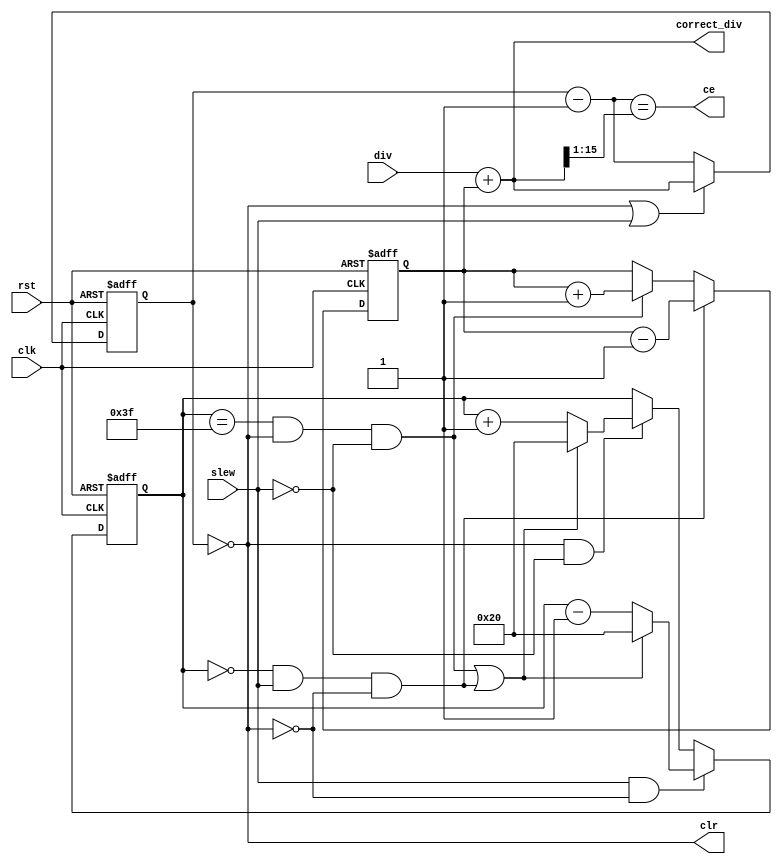
module dpll
#(
    parameter           USE_FILTER          = 1,
    parameter           FILTER_LENGHT       = 6,
    parameter           ACCUMULATOR_WIDTH   = 16,
    parameter           COUNTER_WIDTH       = 16
)
(
    input                                   rst,
    input                                   clk,
    input                                   slew,
    input   [COUNTER_WIDTH - 1 : 0]         div,
    output                                  ce,
    output                                  clr,
    output  [COUNTER_WIDTH - 1 : 0]         correct_div
);

    reg     [FILTER_LENGHT - 1 : 0]         filter_cnt;
    wire    [FILTER_LENGHT - 1 : 0]         new_filter_cnt;    
    reg     [ACCUMULATOR_WIDTH - 1 : 0]     acc;
    reg     [COUNTER_WIDTH - 1 : 0]         div_cnt;
    wire    [COUNTER_WIDTH - 1 : 0]         sub_div_cnt;

    wire    [FILTER_LENGHT - 1 : 0]         next_filter_cnt_up;
    wire    [FILTER_LENGHT - 1 : 0]         next_filter_cnt_down;
    wire                                    clear_filter;
    wire                                    up_correct;
    wire                                    down_correct;

    generate
    if (USE_FILTER == 1) begin
    
        // Filter
        assign next_filter_cnt_up   = clear_filter ? {1'b1, {FILTER_LENGHT - 1{1'b0}}} : filter_cnt + { {FILTER_LENGHT - 1{1'b0}}, {1'b1} };
        assign next_filter_cnt_down = clear_filter ? {1'b1, {FILTER_LENGHT - 1{1'b0}}} : filter_cnt - { {FILTER_LENGHT - 1{1'b0}}, {1'b1} };

        assign clear_filter = up_correct | down_correct;
        assign up_correct   = (filter_cnt == {FILTER_LENGHT{1'b1}}) & clr  & ~slew;
        assign down_correct = (filter_cnt == {FILTER_LENGHT{1'b0}}) & slew & ~clr;
    
        always @(posedge clk or posedge rst)
            if(rst) 
                filter_cnt <= {1'b1, {FILTER_LENGHT - 1{1'b0}}};
            else if (slew & ~clr)  
                filter_cnt <= next_filter_cnt_down;
            else if (clr  & ~slew) 
                filter_cnt <= next_filter_cnt_up;
        
    end else begin
    
        // Without filter
        assign up_correct   = clr  & ~slew;
        assign down_correct = slew & ~clr;
        
    end
    endgenerate
    
    // Correction
    always @(posedge clk or posedge rst)
        if(rst) 
            acc <= {ACCUMULATOR_WIDTH{1'b0}};
        else if (down_correct)
            acc <= acc - {{ACCUMULATOR_WIDTH - 1{1'b0}}, {1'b1}};
        else if (up_correct)    
            acc <= acc + {{ACCUMULATOR_WIDTH - 1{1'b0}}, {1'b1}};


    assign correct_div = div     + acc[ACCUMULATOR_WIDTH - 1 : ACCUMULATOR_WIDTH - COUNTER_WIDTH];
    assign sub_div_cnt = div_cnt - {{COUNTER_WIDTH - 1{1'b0}}, {1'b1}};


    // Main divider
    always @(posedge clk or posedge rst)
        if(rst) 
            div_cnt <= {COUNTER_WIDTH{1'b0}};
        else if (clr | slew) 
            div_cnt <= correct_div;
        else 
            div_cnt <= sub_div_cnt;

    assign clr = (div_cnt     == {COUNTER_WIDTH{1'b0}});
    assign ce  = (sub_div_cnt == {1'b0, correct_div[COUNTER_WIDTH - 1 : 1]});

endmodule